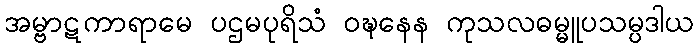
အမ္ဗာဋကာရာမေ ပဌမပုရိသံ ဝဍ္ဎနေန ကုသလဓမ္မူပသမ္ပဒါယ